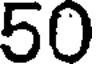
50